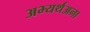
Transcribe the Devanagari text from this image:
अभ्यर्थअना